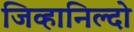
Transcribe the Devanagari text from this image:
जिव्हानिल्दो